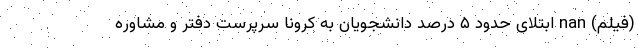
(فیلم) nan ابتلای حدود ۵ درصد دانشجویان به کرونا سرپرست دفتر و مشاوره